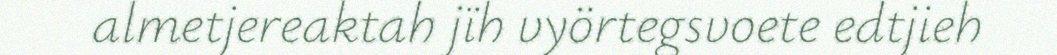
almetjereaktah jïh vyörtegsvoete edtjieh